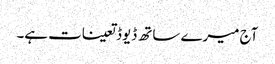
آج میرے ساتھ ڈیوڈ تعینات ہے۔